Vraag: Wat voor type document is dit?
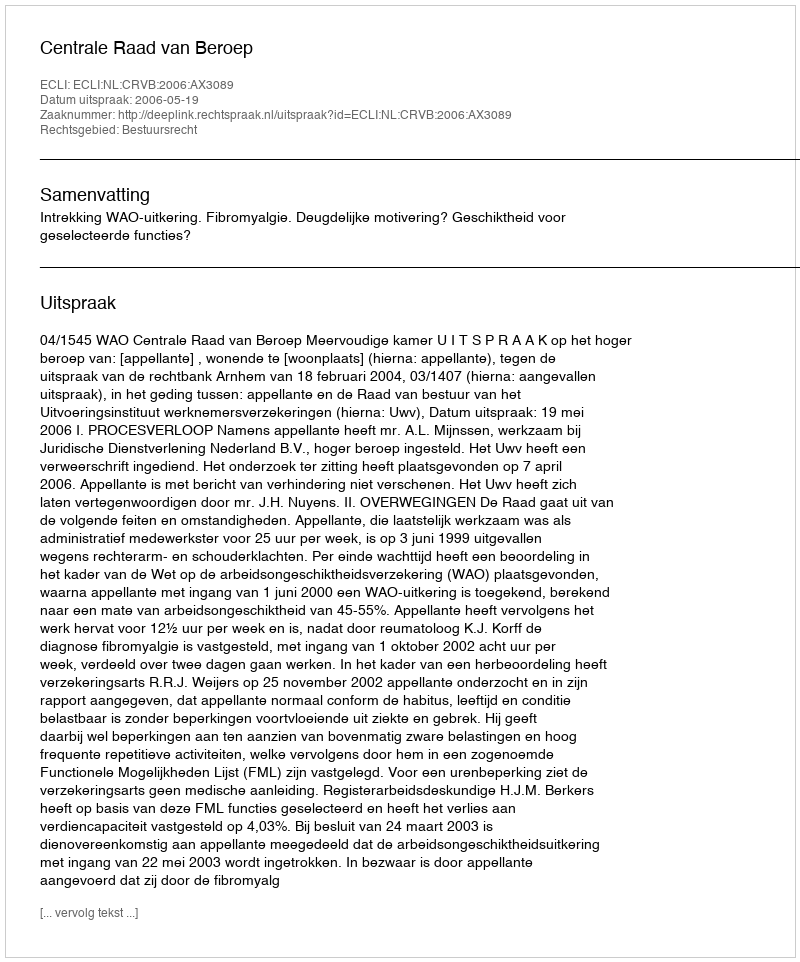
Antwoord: Uitspraak